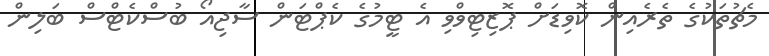
މެޗުތަކުގެ ތެރެއިން ކޮވިޑަށް ޕޮޒިޓިވްވި އެ ޓީމުގެ ކެޕްޓަން ސާޖިއޯ ބުސްކެޓްސް ބަލިން